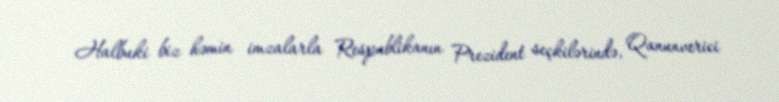
Halbuki biz həmin imzalarla Respublikanın Prezident seçkilərində, Qanunverici